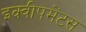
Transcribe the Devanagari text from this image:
इक्वीपमेंटस